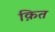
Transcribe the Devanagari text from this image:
क़ित